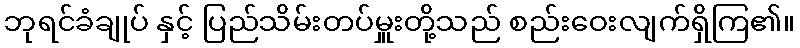
ဘုရင်ခံချုပ် နှင့် ပြည်သိမ်းတပ်မှူးတို့သည် စည်းဝေးလျက်ရှိကြ၏။